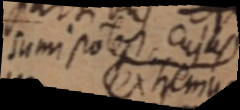
sumi potest cujus